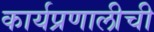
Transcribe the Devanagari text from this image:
कार्यप्रणालीची